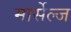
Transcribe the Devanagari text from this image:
मार्सेल्ज